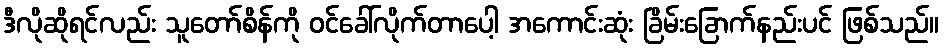
ဒီလိုဆိုရင်လည်း သူတော်စိန်ကို ဝင်ခေါ်လိုက်တာပေါ့ အကောင်းဆုံး ခြိမ်းခြောက်နည်းပင် ဖြစ်သည်။